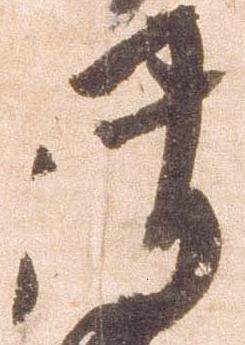
御